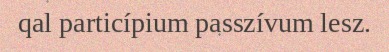
qal particípium passzívum lesz.